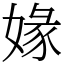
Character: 𡟇